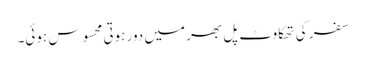
سفر کی تھکاوٹ پل بھر میں دور ہوتی محسوس ہوئی۔